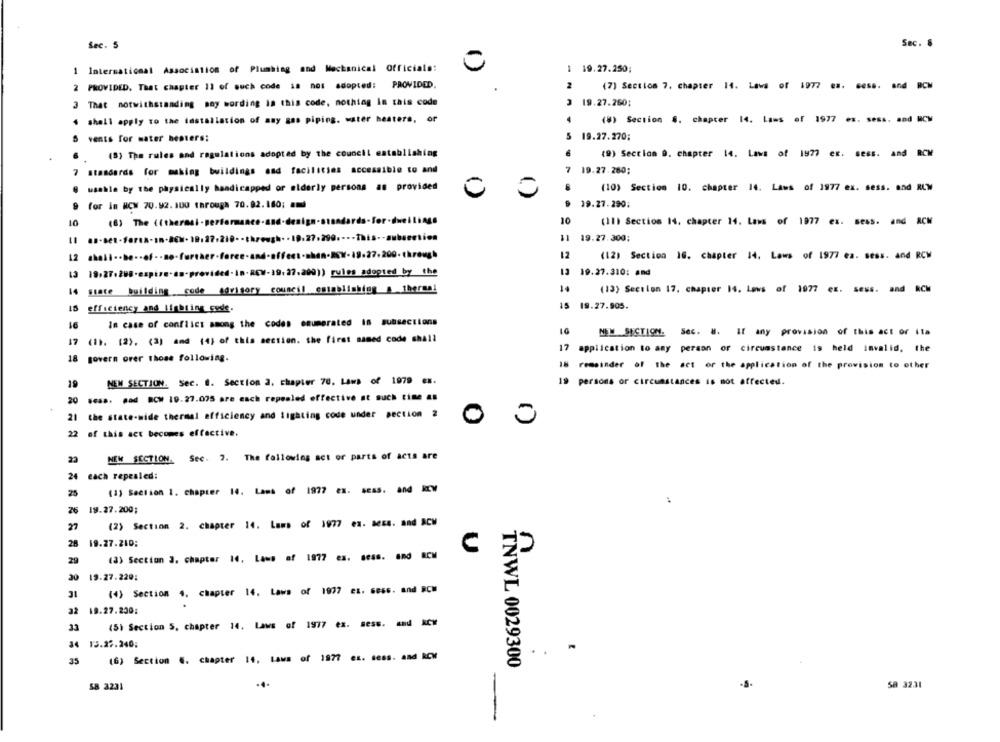
Sec. 5
Sec. .
1 International Association of Plumbing and Mechanical Officials:
1 19.27.250;
2 PROVIDED. That chapter 11 of such code is not adopted: PROVIDED.
2
(7) Section 7, chapter 14. Lawa
1977
and
RCM
3 That notwithstanding moy wording in this code, nothing in this code
3 19.27.260;
shall apply to the installation of any gas piping. water heaters, or
(8) Section $. chapter 14. Lams
1977
Sess, and
vents for water heaters:
5 19.27.270;
(8) The rules and regulations adopted by the council establishing
(9) Section 0. chapter 14. Laws of 1977 ex. sess.
and
RCM
7 standards for making buildings and facilities accessible to and
7 19.27.280;
usable by the physically handicapped or elderly persons as provided
(10) Section 10. chapter 14. Laws of 1977 ex. sess. and KLW
for in NCW 70.92. 100 through 70.02.160;
19.27.290:
10
10
(11) Section 14. chapter 14. Laws of 1977 ex. sess. and ACH
Il an-se-fre8-an-DEN-19:27-210 -- through ·· 19.27.290 .--- This -- subsection
11 19.27.300;
12
(12) Section 16. chapter 14. Laws of 1977 ea. sess. and RCW
13 18:27.288-expire-as-provided-In-RCW-19.27.200)) rules_adopted by the
19.27.310: and
14 state building code advisory council establishing a thermal
14
(13) Section 17. chapter 14. Lows of 1977 ex.
sess. and RCM
15 efficiency and lighting code.
15 19.27.905.
91
In case of conflict among the codes enumerated in subsections
NEW SECTION. Sec. M. If any provision of this act or ita
17 (11. (2). (3) and (4) of this section. the first named code shall
17
application to any person or circumstance is held invalid. the
18 govern orer those following.
18 remainder of the act or the application of the provision to other
19
NEW SECTION. Sec. @. Section 2. chapter 70. Laws of 1979 ex.
19 persons or circumstances is not affected.
20 .css. mad RCM 19.27.075 are each repealed effective at such time as
21 the state-mide thermal efficiency and lighting code under section 2
0
22 of this act becomes effective.
23
NEW SECTION. Sec. 7. The following act or parts of acts are
24 each repealed:
(1) Section 1. chapter 14. Lams of 1977 ex. seas. and kow
25
26 19.27.200;
27
(2) Section 2. chapter 14. Lams of 1977 en. 8664. and ACM
28 19.27.210;
c
(3) Section 3. chapter 14, Laws of 1977 ex.
sess. And RCM
29
n
30 19.27.220;
31
(4) Section 4. chapter 14. Laws
of 1977
. sess. and RCM
32 19.27.230:
(5) Section 5. chapter 14. Laws of 1977 ex. sess. and
RCY
33
34 13.22.240;
35
(6) Section 6. chapter 14, Laws
1977
TNWL 0029300
58 3231
.4.
58 3231